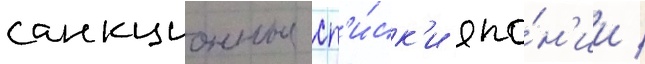
санкционные сп'и́ск'и япо́н'ии /